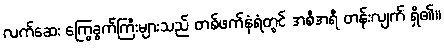
လက်ဆေး ကြွေခွက်ကြီးများသည် တစ်ဖက်နံရံတွင် အစီအရီ တန်းလျက် ရှိ၏။